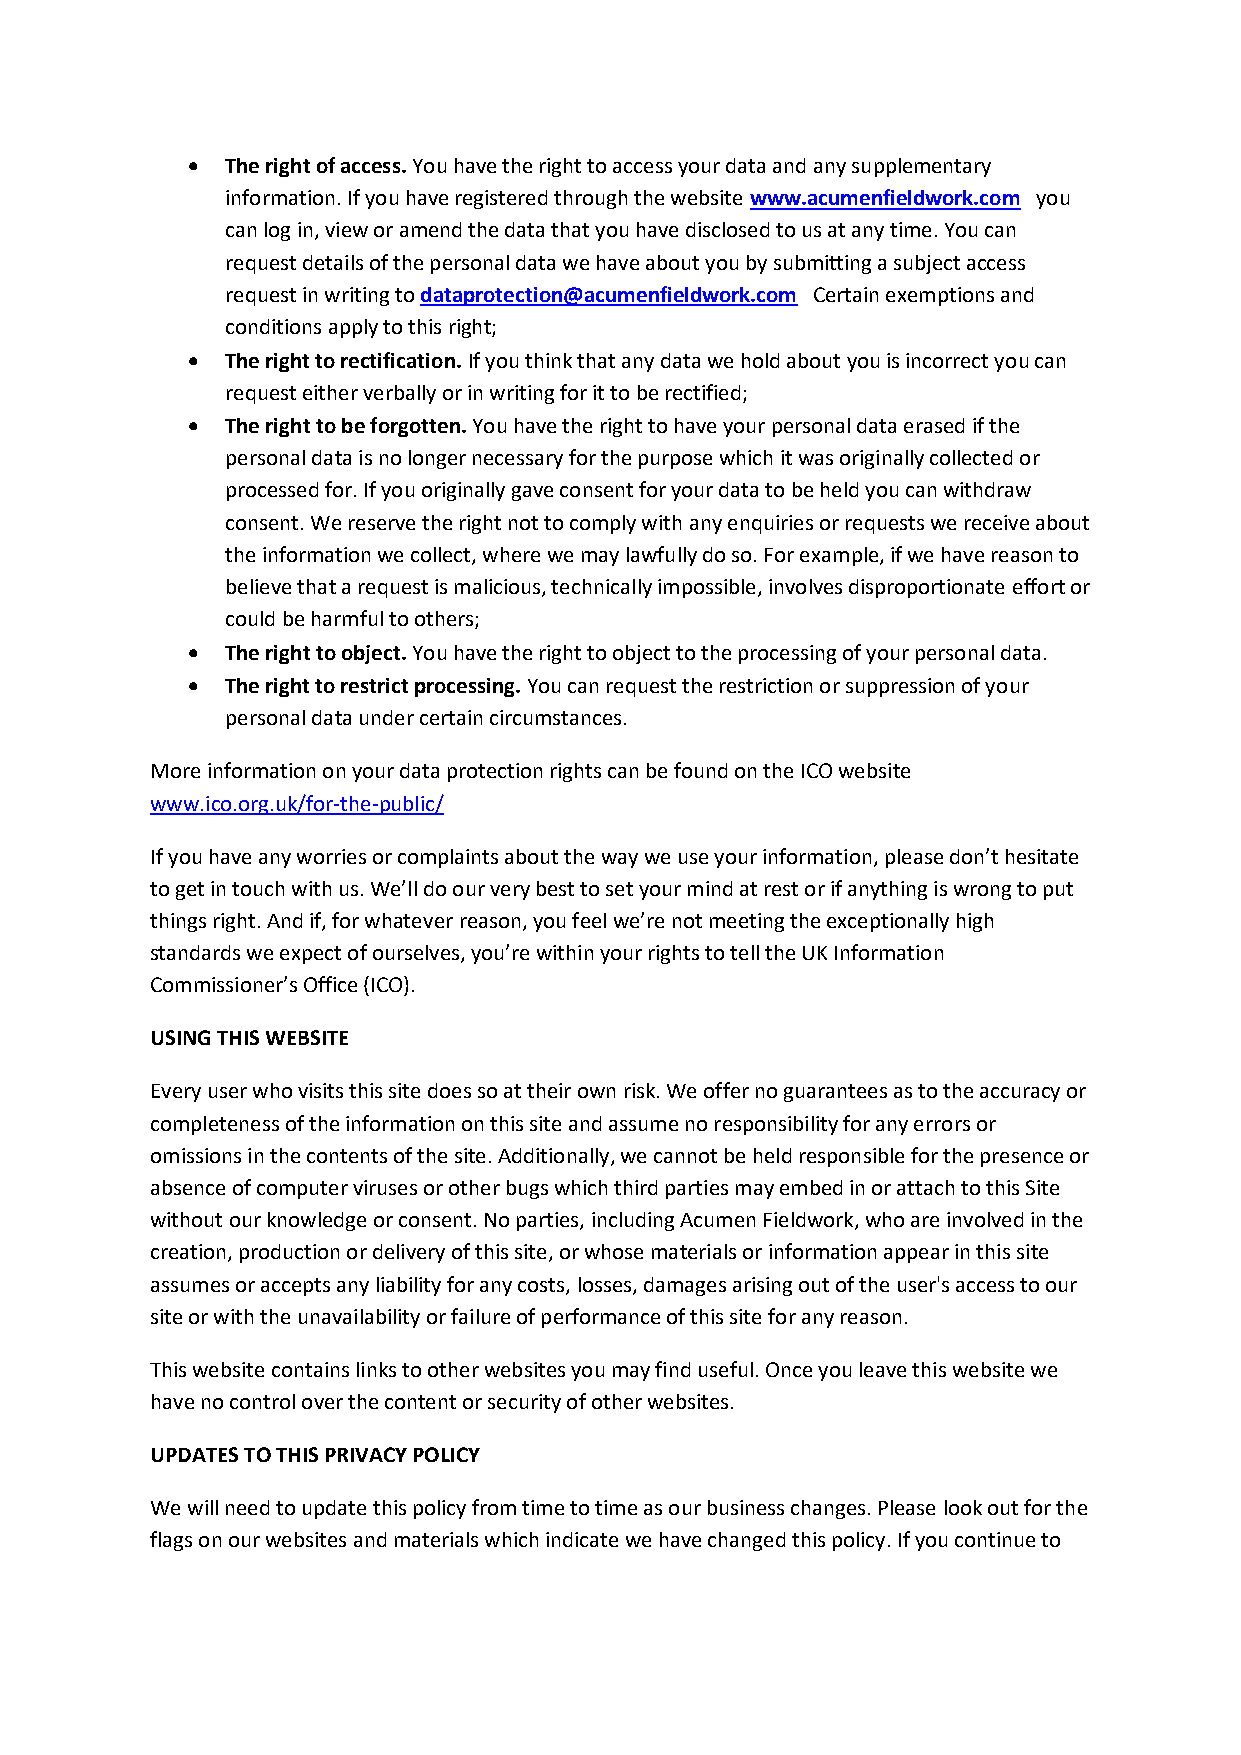
•  The right of access. You have the right to access your data and any supplementary
 information. If you have registered through the website www.acumenfieldwork.com you
 can log in, view or amend the data that you have disclosed to us at any time. You can
 request details of the personal data we have about you by submitting a subject access
 request in writing to dataprotection@acumenfieldwork.com Certain exemptions and
 conditions apply to this right;
 •  The right to rectification. If you think that any data we hold about you is incorrect you can
 request either verbally or in writing for it to be rectified;
 •  The right to be forgotten. You have the right to have your personal data erased if the
 personal data is no longer necessary for the purpose which it was originally collected or
 processed for. If you originally gave consent for your data to be held you can withdraw
 consent. We reserve the right not to comply with any enquiries or requests we receive about
 the information we collect, where we may lawfully do so. For example, if we have reason to
 believe that a request is malicious, technically impossible, involves disproportionate effort or
 could be harmful to others;
 •  The right to object. You have the right to object to the processing of your personal data.
 •  The right to restrict processing. You can request the restriction or suppression of your
 personal data under certain circumstances.
 More information on your data protection rights can be found on the ICO website
 www.ico.org.uk/for-the-public/
 If you have any worries or complaints about the way we use your information, please don’t hesitate
 to get in touch with us. We’ll do our very best to set your mind at rest or if anything is wrong to put
 things right. And if, for whatever reason, you feel we’re not meeting the exceptionally high
 standards we expect of ourselves, you’re within your rights to tell the UK Information
 Commissioner’s Office (ICO).
 USING THIS WEBSITE
 Every user who visits this site does so at their own risk. We offer no guarantees as to the accuracy or
 completeness of the information on this site and assume no responsibility for any errors or
 omissions in the contents of the site. Additionally, we cannot be held responsible for the presence or
 absence of computer viruses or other bugs which third parties may embed in or attach to this Site
 without our knowledge or consent. No parties, including Acumen Fieldwork, who are involved in the
 creation, production or delivery of this site, or whose materials or information appear in this site
 assumes or accepts any liability for any costs, losses, damages arising out of the user's access to our
 site or with the unavailability or failure of performance of this site for any reason.
 This website contains links to other websites you may find useful. Once you leave this website we
 have no control over the content or security of other websites.
 UPDATES TO THIS PRIVACY POLICY
 We will need to update this policy from time to time as our business changes. Please look out for the
 flags on our websites and materials which indicate we have changed this policy. If you continue to